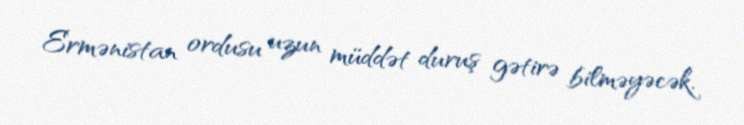
Ermənistan ordusu uzun müddət duruş gətirə bilməyəcək.